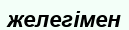
желегімен